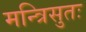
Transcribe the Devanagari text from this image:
मन्त्रिसुतः